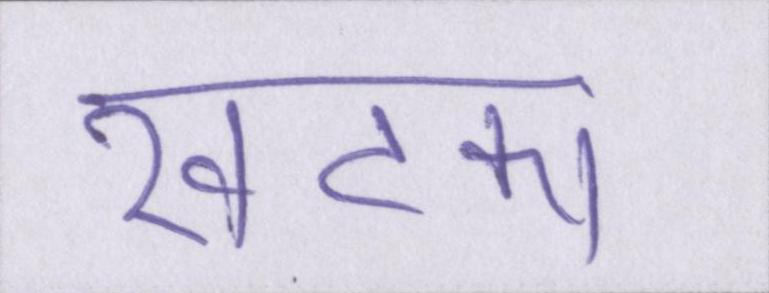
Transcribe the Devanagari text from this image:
खटका